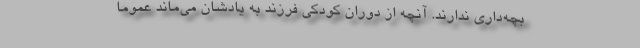
بچه‌داری ندارند. آنچه از دوران کودکیِ فرزند به یادشان می‌ماند عموماً